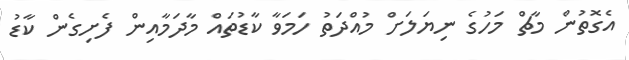
އެގޮތުން މާޗް މަހުގެ ނިޔަލަށް މުއްދަތު ހަމަވާ ކާޑުތައް މާދަމާއިން ފެށިގެން ކާޑު